Lunatic asylums Madras 1892-1911 - 1892-1911
Year: 1892
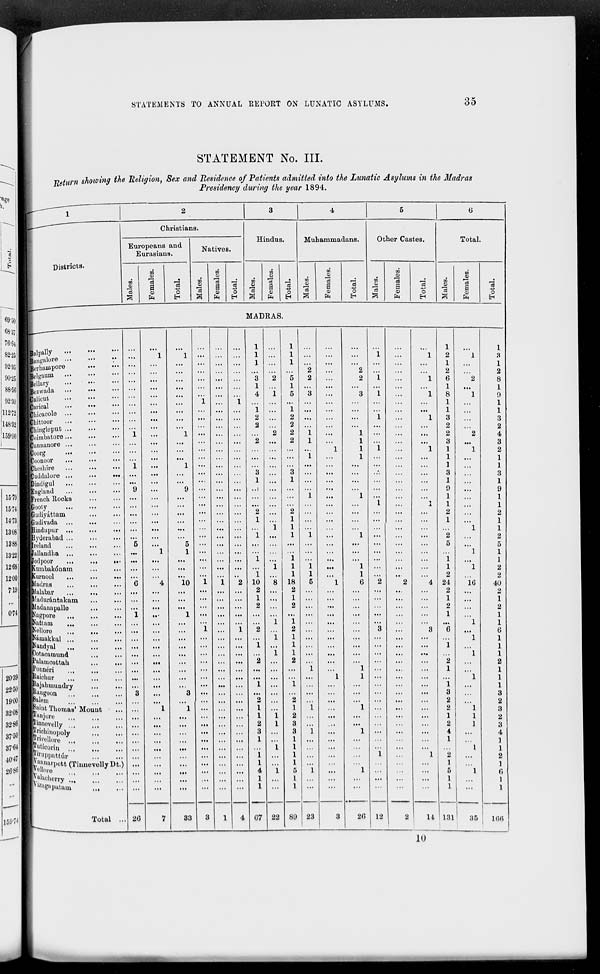
STATEMENTS TO ANNUAL REPORT ON LUNATIC ASYLUMS.
35
STATEMENT No. III.
Return showing the Religion, Sex and Residence of Patients admitted into the Lunatic Asylums in the Madras
Presidency during the year 1894.
1
Districts.
2
Christians.
Europeans and
Eurasians.
Males.
Females.
Total.
Natives.
Males.
Females.
Total.
3
Hindus.
Males.
Females.
Total.
4
Muhammadans.
Males.
Females.
Total.
5
Other Castes.
Males.
Females.
Total.
6
Total.
Males.
Females.
Total.
MADRAS.
Balpally ... ... ...
Banglore ... ... ...
Berhampore ... ...
Belgaum ... ... ...
Bellary ... ... ...
Bezwada ... ... ...
Calicut
...
...
...
Carical ... ... ...
Chicacole ... ... ...
Chittoor
...
...
...
Chingleput
...
...
...
Coimbatore
...
...
...
Cannanore ... ... ...
Coorg ... ... ...
Coonoor ... ... ...
Cheshire ... ... ...
Cuddalore
...
...
...
Dindigul ... ... ...
England ... ... ...
French Rocks ... ...
Gooty ... ... ...
Gudiyáttam ... ...
Gudivada ... ... ...
Hindupur
...
...
...
Hyderabad ... ... ...
Ireland ... ... ...
Jallandha ... ... ...
Jodpoor
...
...
...
Kumbakónam
...
...
Kurnool
...
...
...
Madras
...
...
...
Malabar
...
...
...
Madurántakam
...
...
Madanapalle
...
...
Nagpore
...
...
...
Nattam
...
...
...
Nellore
...
...
...
Námakkal
...
...
...
Nandyal
...
...
...
Ootacamund ... ...
Palamcottah
...
...
Pounéri
...
...
...
Raichur ... ... ...
Rajahmundry
...
...
Rangoon
...
...
...
Salem ... ... ...
Saint Thomas' Mount ...
Tanjore ... ... ...
Tinnevelly ... ... ...
Trichinopoly
...
...
Trivellore
...
...
...
Tuticorin ... ... ...
Tiruppattúr
...
...
Vannarpett (Tinnevelly Dt.)
Vellore
...
...
...
Valacherry ... ... ...
Vizagapatam ... ...
Total ...
...
...
...
...
...
...
...
...
...
...
...
1
...
...
...
1
...
...
9
...
...
...
...
...
...
5
...
...
...
...
6
...
...
...
1
...
...
...
...
...
...
...
...
...
3
...
...
...
...
...
...
...
...
...
...
...
...
26
...
1
...
...
...
...
...
...
...
...
...
...
...
...
...
...
...
...
...
...
...
...
...
...
...
...
1
...
...
...
4
...
...
...
...
...
...
...
...
...
...
...
...
...
...
...
1
...
...
...
...
...
...
...
...
...
...
7
...
1
...
...
...
...
...
...
...
...
...
1
...
...
...
1
...
...
9
...
...
...
...
...
...
5
1
...
...
...
10
...
...
...
1
...
...
...
...
...
...
...
...
...
3
...
1
...
...
...
...
...
...
...
...
...
...
33
...
...
...
...
...
...
...
1
...
...
...
...
...
...
...
...
...
...
...
...
...
...
...
...
...
...
...
...
...
...
1
...
...
...
...
...
1
...
...
...
...
...
...
...
...
...
...
...
...
...
...
...
...
...
...
...
...
3
...
...
...
...
...
...
...
...
...
...
...
...
...
...
...
...
...
...
...
...
...
...
...
...
...
...
...
...
...
...
1
...
...
...
...
...
...
...
...
...
...
...
...
...
...
...
...
...
...
...
...
...
...
...
...
...
...
1
...
...
...
...
...
...
...
1
...
...
...
...
...
...
...
...
...
...
...
...
...
...
...
...
...
...
...
...
...
...
2
...
...
...
...
...
1
...
...
...
...
...
...
...
...
...
...
...
...
...
...
...
...
...
...
...
...
4
1
1
1
...
3
1
4
...
1
2
2
...
2
...
...
...
3
1
...
...
...
2
1
...
1
...
...
1
...
1
10
2
1
2
...
...
2
...
1
...
2
...
...
1
...
2
1
1
2
3
1
...
1
1
4
1
1
67
...
...
...
...
2
...
1
...
...
...
...
2
...
...
...
...
...
...
...
...
...
...
...
1
...
...
...
...
1
...
8
...
...
...
...
1
...
1
...
1
...
...
...
...
...
...
...
1
1
...
...
1
...
...
1
...
...
22
1
1
1
...
5
1
5
...
1
2
2
2
2
...
...
...
3
1
...
...
...
2
1
1
1
...
...
1
1
1
18
2
1
2
...
1
2
1
1
1
2
...
...
1
...
2
1
2
3
3
1
1
1
1
5
1
1
89
...
...
...
2
2
...
3
...
...
...
...
1
1
1
1
...
...
...
...
1
...
...
...
...
1
...
...
...
1
1
5
...
...
...
...
...
...
...
...
...
...
1
...
...
...
...
1
...
...
1
...
...
...
...
1
...
...
23
...
...
...
...
...
...
...
...
...
...
...
...
...
1
...
...
...
...
...
...
...
...
...
...
...
...
...
...
...
...
1
...
...
...
...
...
...
...
...
...
...
...
1
...
...
...
...
...
...
...
...
...
...
...
...
...
...
3
...
...
...
2
2
...
3
...
...
...
...
1
1
1
1
...
...
...
...
1
...
...
...
...
1
...
...
...
1
1
6
...
...
...
...
...
...
...
...
...
...
1
1
...
...
...
1
...
...
1
...
...
...
...
1
...
20
...
1
...
...
1
...
1
...
...
1
...
...
...
1
...
...
...
...
...
...
1
...
...
...
...
...
...
...
...
...
2
...
...
...
...
...
3
...
...
...
...
...
...
...
...
...
...
...
...
...
...
...
1
...
...
...
...
12
...
...
...
...
...
...
...
...
...
...
...
...
...
...
...
...
...
...
...
...
...
...
...
...
...
...
...
...
...
...
2
...
...
...
...
...
...
...
...
...
...
...
...
...
...
...
...
...
...
...
...
...
...
...
...
...
...
2
...
1
...
...
1
...
1
...
...
1
...
...
...
1
...
...
...
...
...
...
1
...
...
...
...
...
...
...
...
4
...
...
...
...
...
3
...
...
...
...
...
...
...
...
...
...
...
...
...
...
...
1
...
...
...
...
14
1
2
1
2
6
1
8
1
1
3
2
2
3
1
1
1
3
1
9
1
1
2
1
...
2
5
...
1
1
2
24
2
1
2
1
...
6
...
1
...
2
1
...
1
3
2
2
1
2
4
1
...
2
1
5
1
1
131
...
1
...
...
2
...
1
...
...
...
...
2
...
1
...
...
...
...
...
...
...
...
...
1
...
...
1
...
1
...
16
...
...
...
...
1
...
1
...
1
...
...
1
...
...
...
1
1
1
...
...
1
...
...
1
...
...
35
1
3
1
2
8
1
9
1
1
3
2
4
3
2
1
1
3
1
9
1
1
2
1
1
2
5
1
1
2
2
40
2
1
2
1
1
6
1
1
1
2
1
1
1
3
2
3
2
3
4
1
1
2
1
6
1
1
166
10